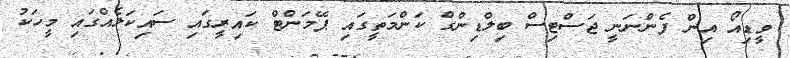
ވީޑިއޯ އިން ފެންނަނީ ޖަސްޓިސް ބިލްޑިންގް ކަންމަތީގައި ޕޭމަންޓް ކައިރީގައި ސައިކަލެއްގައި މީހަކު